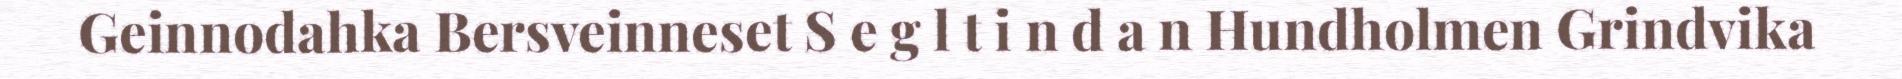
Geinnodahka Bersveinneset S e g l t i n d a n Hundholmen Grindvika